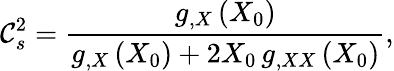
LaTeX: \mathcal{C}_{s}^{2}=\frac{{g_{,X}\left(X_{0}\right)}}{{g_{,X}\left(X_{0}\right)+2X_{0}\, g_{,XX}\left(X_{0}\right)}},